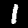
Label: 1